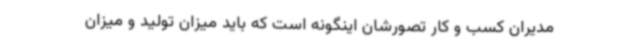
مدیران کسب و کار تصورشان اینگونه است که باید میزان تولید و میزان